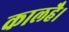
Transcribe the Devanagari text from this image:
कालहै।